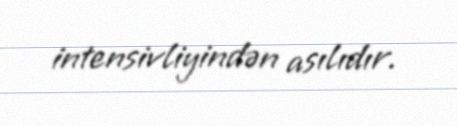
intensivliyindən asılıdır.